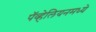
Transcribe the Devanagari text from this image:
पॅव्हेलियनमध्ये